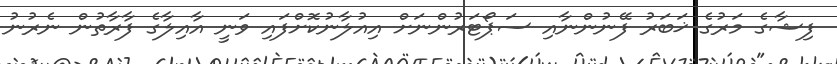
ފިޝާގެ މަރުގެ ޚަބަރު ފޭނުންނާއި ސަޕޯޓަރުންނަށް އިއުލާނުކޮށްފައި ވަނީ އާއިލާގެ ފާރާތުން ނެރުނު